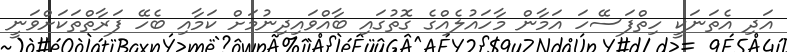
އަދި އެތަނަކީ ހިތްފަސޭހަ އަމާން މާހައުލެއްގެ ގޮތުގައި ބާއްވައިދިނުމަށް ކަމާއި ބެހޭ ފަރާތްތަކަށްވަނީ